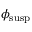
\phi _ { \mathrm { s u s p } }